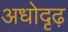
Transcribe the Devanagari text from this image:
अधोदृढ़